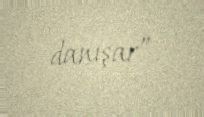
danışar”.